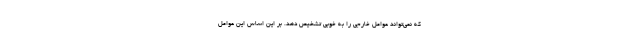
که نمی‌تواند عوامل خارجی را به خوبی تشخیص دهد. بر این اساس این عوامل